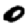
Digit: 0